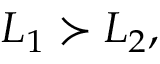
L _ { 1 } \succ L _ { 2 } ,